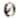
0